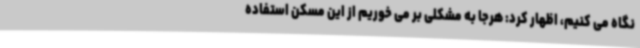
نگاه می کنیم، اظهار کرد: هرجا به مشکلی بر می خوریم از این مسکن استفاده